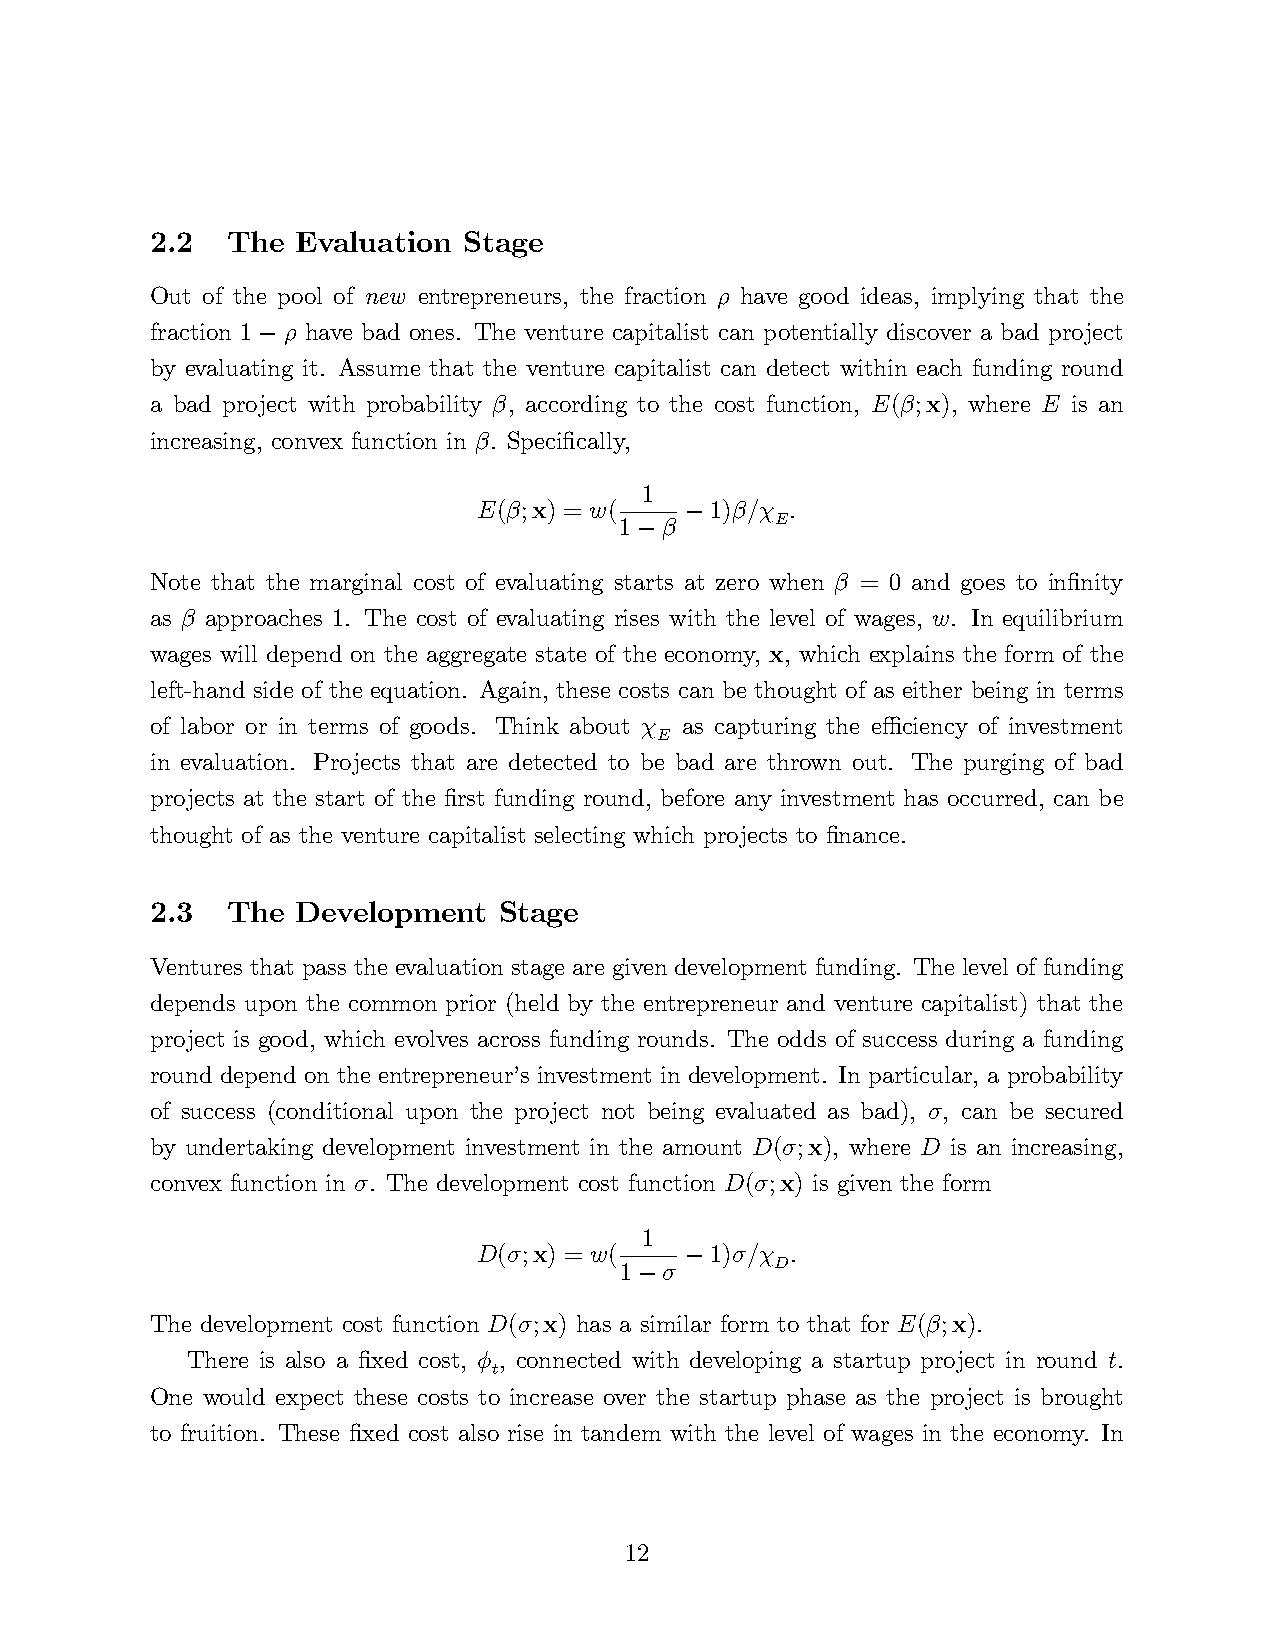
2.2  The  Evaluation Stage
 Out of the pool of new entrepreneurs, the fraction ρ have good ideas, implying that the
 fraction 1 ρ have bad ones. The venture capitalist can potentially discover a bad project
 −
 by evaluating it. Assume that the venture capitalist can detect within each funding round
 a bad project with probability β, according to the cost function, E(β; x), where E is an
 increasing, convex function in β. Specifically,
 1
 E(β; x) = w(   1)β/χ .
 1  β −    E
 −
 Note that the marginal cost of evaluating starts at zero when β = 0 and goes to infinity
 as β approaches 1. The cost of evaluating rises with the level of wages, w. In equilibrium
 wages will depend on the aggregate state of the economy, x, which explains the form of the
 left-hand side of the equation. Again, these costs can be thought of as either being in terms
 of labor or in terms of goods. Think about χ as capturing the effi ciency of investment
 E
 in evaluation. Projects that are detected to be bad are thrown out. The purging of bad
 projects at the start of the first funding round, before any investment has occurred, can be
 thought of as the venture capitalist selecting which projects to finance.
 2.3  The  Development  Stage
 Ventures that pass the evaluation stage are given development funding. The level of funding
 depends upon the common prior (held by the entrepreneur and venture capitalist) that the
 project is good, which evolves across funding rounds. The odds of success during a funding
 round depend on the entrepreneur’s investment in development. In particular, a probability
 of success (conditional upon the project not being evaluated as bad), σ, can be secured
 by undertaking development investment in the amount D(σ; x), where D is an increasing,
 convex function in σ. The development cost function D(σ; x) is given the form
 1
 D(σ; x) = w(   1)σ/χ .
 1  σ −    D
 −
 The development cost function D(σ; x) has a similar form to that for E(β; x).
 There is also a fixed cost, φ , connected with developing a startup project in round t.
 t
 One would expect these costs to increase over the startup phase as the project is brought
 to fruition. These fixed cost also rise in tandem with the level of wages in the economy. In
 12